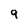
Character: 9